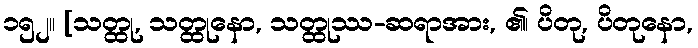
၁၅၂။ [သတ္ထု, သတ္ထုနော, သတ္ထုဿ-ဆရာအား, ၏၊ ပိတု, ပိတုနော,